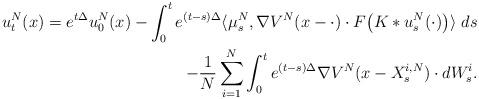
LaTeX: \begin{align*}u^N_t(x)=e^{t\Delta }u^N_0(x) - \int_0^t e^{(t-s)\Delta } \langle \mu_s^N, \nabla V^N (x-\cdot) \cdot F\big( K\ast u^N_s(\cdot)\big) \rangle \ ds \\- \frac{1}{N} \sum_{i=1}^N \int_0^t e^{(t-s)\Delta} \nabla V^N (x-X_s^{i,N})\cdot dW^i_s.\end{align*}